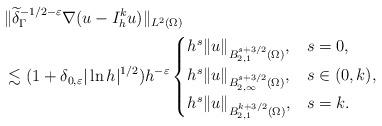
LaTeX: \begin{align*}&\|\widetilde\delta_\Gamma^{-1/2-\varepsilon} \nabla (u - I^k_h u)\|_{L^2(\Omega)} \\ &\lesssim (1 + \delta_{0,\varepsilon} |\ln h|^{1/2}) h^{-\varepsilon} \begin{cases}h^s \|u\|_{B^{s+3/2}_{2,1}(\Omega)}, & s = 0,\\ h^s \|u\|_{B^{s+3/2}_{2,\infty}(\Omega)}, & s \in (0,k), \\h^s \|u\|_{B^{k+3/2}_{2,1}(\Omega)}, & s = k.\end{cases}\end{align*}